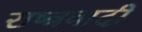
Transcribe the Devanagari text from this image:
राष्त्रवादी